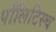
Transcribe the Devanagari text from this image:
पॉलिटिस्च